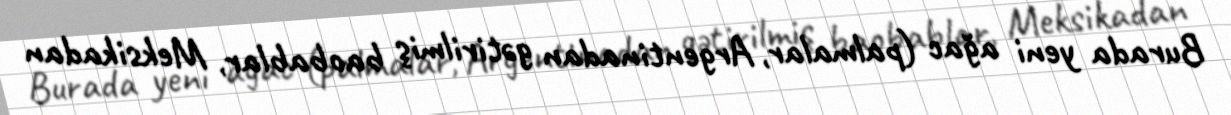
Burada yeni ağac (palmalar, Argentinadan gətirilmiş baobablar, Meksikadan